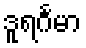
ဒူရင်္ဂမာ